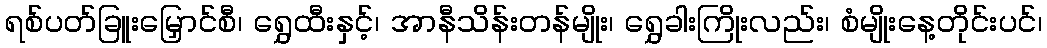
ရစ်ပတ်ခြူးမြှောင်စီ၊ ရွှေထီးနှင့်၊ အာနီသိန်းတန်မျိုး၊ ရွှေခါးကြိုးလည်း၊ စံမျိုးနေ့တိုင်းပင်၊